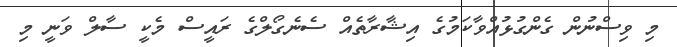
މި ވިސްނުން ގެންގުޅުއްވާކަމުގެ އިޝާރާތެއް ސެނެގޯލްގެ ރައީސް މެކީ ސާލް ވަނީ މި